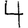
Digit: 4